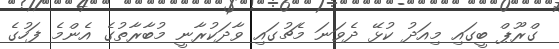
ގްރޫޕް ބީގައި މިއަދު ކުޅޭ ދެވަނަ މެޗުގައި ވާދަކުރާނީ މުބާރާތުގެ އެންމެ ފަހުގެ